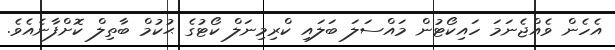
އެހެން ވެއްޖެނަމަ ހައިކޯޓުން މައްސަލަ ބަލައި ކްރިމިނަލް ކޯޓުގެ ޙުކުމް ބާތިލް ކޮށްފާނެއެވެ.